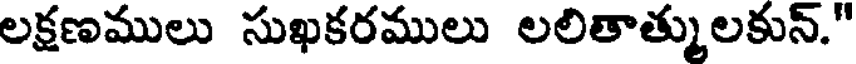
లక్షణములు సుఖకరములు లలితాత్ములకున్."